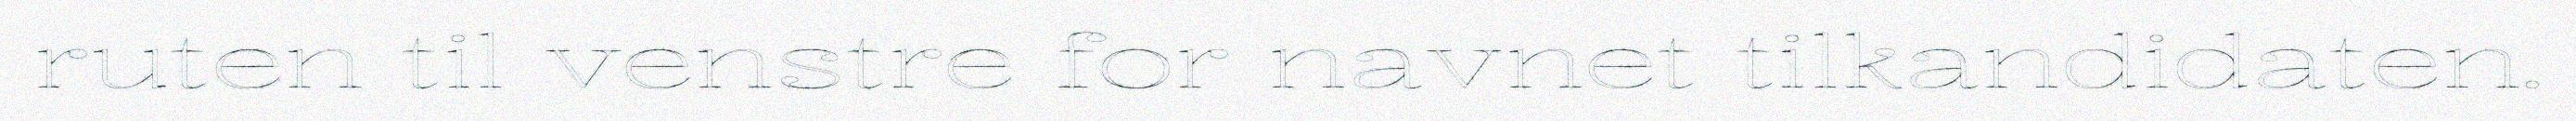
ruten til venstre for navnet tilkandidaten.